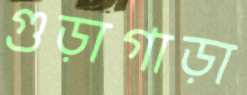
গুড়াগাড়া